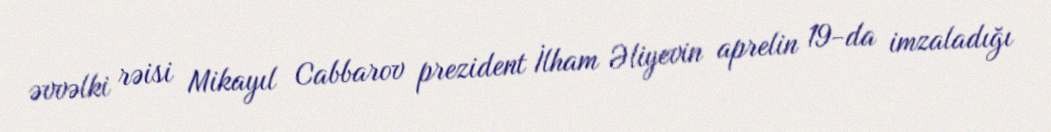
əvvəlki rəisi Mikayıl Cabbarov prezident İlham Əliyevin aprelin 19-da imzaladığı